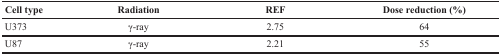
| Cell type | Radiation | REF | Dose reduction (%) |
 | --- | --- | --- | --- |
 | U373 | γ-ray | 2.75 | 64 |
 | U87 | γ-ray | 2.21 | 55 |